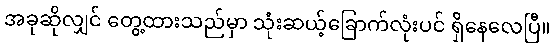
အခုဆိုလျှင် တွေ့ထားသည်မှာ သုံးဆယ့်ခြောက်လုံးပင် ရှိနေလေပြီ။